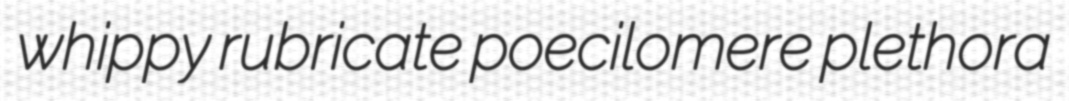
whippy rubricate poecilomere plethora